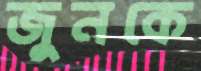
জুনকে